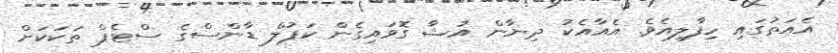
އެއަތުގައި ހިފާލިއެވެ. އެއާއެކު ދިޔާން އުޝާ ގޮވައިގެން ކަޕުލް ޑާންސްގެ ސްޓެޕް ތަކަކަށް